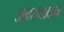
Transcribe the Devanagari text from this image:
अवस्थाक्रम